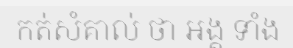
កត់សំគាល់ ថា អង្គ ទាំង